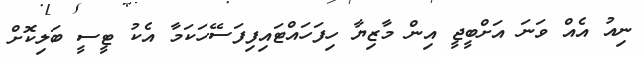
ނިއު އެއް ވަނަ އަށްބީޖީ އިން މާޒިޔާ ހިފަހައްޓައިފިފަސޭހަކަމާ އެކު ޓީސީ ބަލިކޮށް